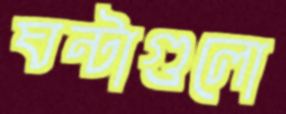
ঘন্টাগুলো